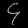
Digit: ၄